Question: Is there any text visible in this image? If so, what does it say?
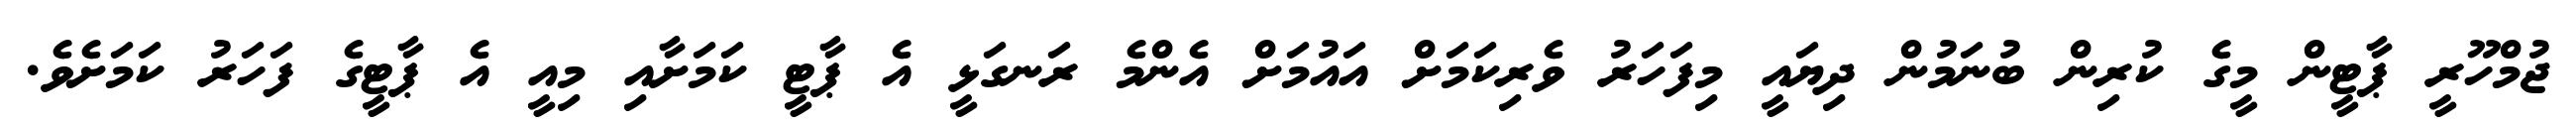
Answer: ޖުމްހޫރީ ޕާޓީން މީގެ ކުރިން ބުނަމުން ދިޔައީ މިފަހަރު ވެރިކަމަށް އައުމަށް އެންމެ ރަނގަޅީ އެ ޕާޓީ ކަމަށާއި މިއީ އެ ޕާޓީގެ ފަހަރު ކަމަށެވެ.